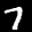
Label: 7